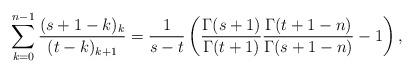
LaTeX: \begin{align*}\sum_{k=0}^{n-1} \frac{(s+1-k)_k}{(t-k)_{k+1}}= \frac{1}{s-t} \left(\frac{\Gamma(s+1)}{\Gamma(t+1)} \frac{\Gamma(t+1-n)}{\Gamma(s+1-n)} - 1 \right),\end{align*}